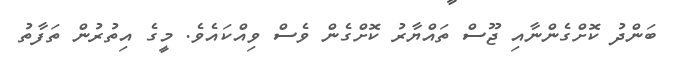
ބަންދު ކޮށްގެންނާއި ޖޫސް ތައްޔާރު ކޮށްގެން ވެސް ވިއްކައެވެ. މީގެ އިތުރުން ތަފާތު